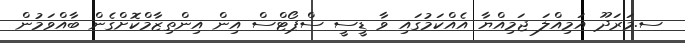
ސ.މަރަދޫ އަމިއްލަ ޖަމިއްޔާ އެއްކަމުގައި ވާ ޑީސީ ސްޕޯޓްސް އިން އިންތިޒާމްކޮށްގެން ބާއްވަމުން